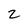
Character: z